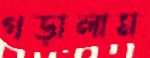
গড়ালাম